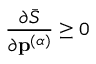
\frac { \partial \bar { S } } { \partial \mathbf { p } ^ { ( \alpha ) } } \geq 0